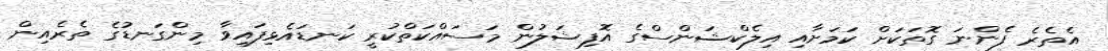
އެތެރެ ފެންނަ ގޮތަކަށް ކަމަށާއި އިލެކްޝަންސްގެ އޮފިޝަލުން މަސައްކަތްކުރީ ކަނޑައެޅިފައިވާ މިންގަނޑުގެ ތެރެއިން